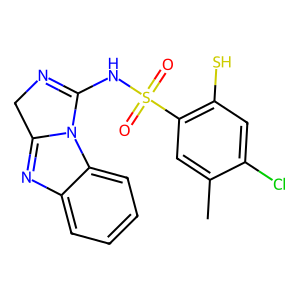
SMILES: Cc1cc(S(=O)(=O)NC2=NCc3nc4ccccc4n32)c(S)cc1Cl
Inhibits HIV replication: No